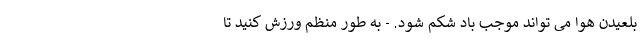
بلعیدن هوا می تواند موجب باد شکم شود. - به طور منظم ورزش کنید تا